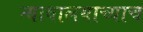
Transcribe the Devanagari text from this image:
न्यायालयाच्याच